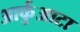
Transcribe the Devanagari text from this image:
आर्कुआटा